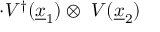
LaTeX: \cdot V ^ { \dagger } ( { \underline { { x } } } _ { 1 } ) \otimes \ V ( { \underline { { x } } } _ { 2 } )